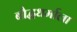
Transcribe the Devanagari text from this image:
बौद्धधर्माला